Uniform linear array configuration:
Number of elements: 8
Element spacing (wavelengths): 0.75
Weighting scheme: exponential
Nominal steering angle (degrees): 60
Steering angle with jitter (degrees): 61.984
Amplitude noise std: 0.05
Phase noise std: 0.05

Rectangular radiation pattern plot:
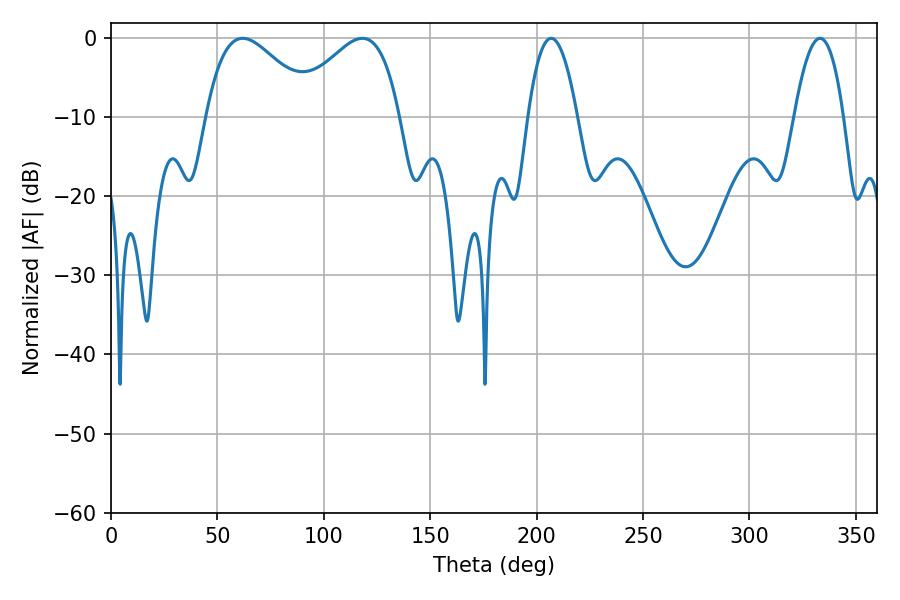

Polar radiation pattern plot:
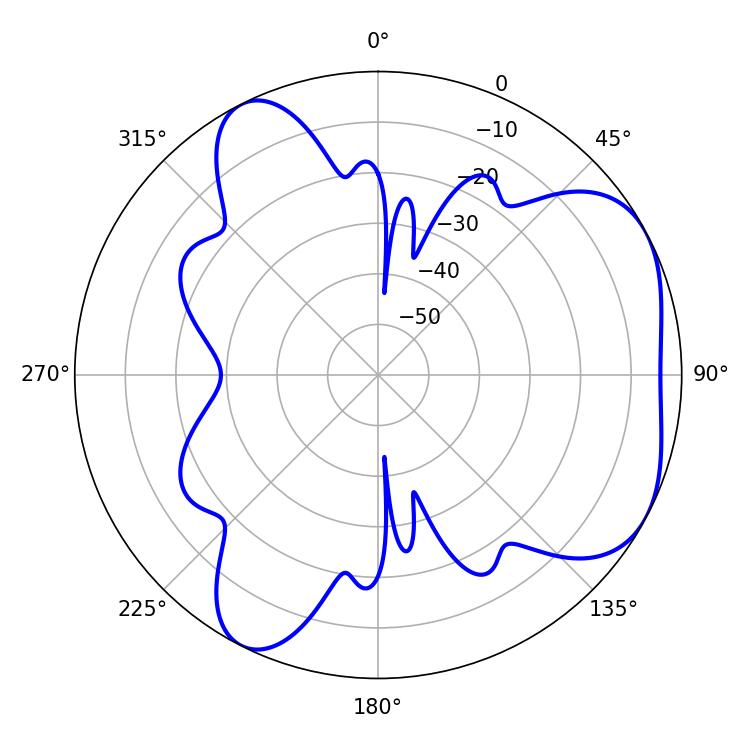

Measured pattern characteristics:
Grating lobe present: TRUE
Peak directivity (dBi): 4.758
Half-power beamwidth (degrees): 12.78
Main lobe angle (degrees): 206.82